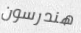
هندرسون